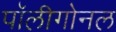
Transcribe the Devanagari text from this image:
पॉलीगोनल